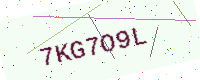
Text: 7KG7O9L